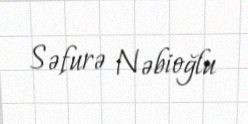
Səfurə Nəbioğlu